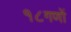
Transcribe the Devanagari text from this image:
१८गणों